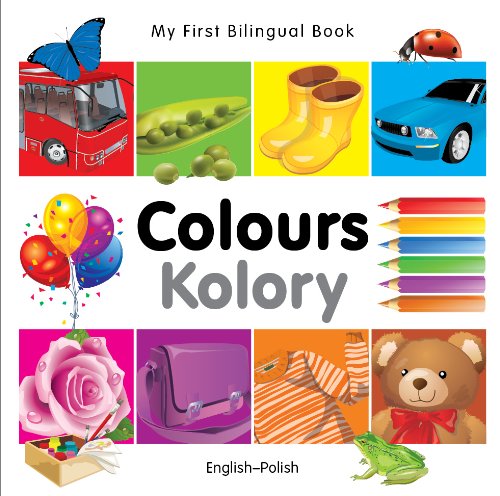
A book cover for My First Bilingual Book-Colours (English-Polish); Milet Publishing; Reference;